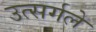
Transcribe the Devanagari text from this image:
उत्सर्गले